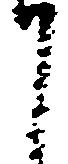
て